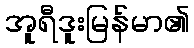
အူရီဒူးမြန်မာ၏